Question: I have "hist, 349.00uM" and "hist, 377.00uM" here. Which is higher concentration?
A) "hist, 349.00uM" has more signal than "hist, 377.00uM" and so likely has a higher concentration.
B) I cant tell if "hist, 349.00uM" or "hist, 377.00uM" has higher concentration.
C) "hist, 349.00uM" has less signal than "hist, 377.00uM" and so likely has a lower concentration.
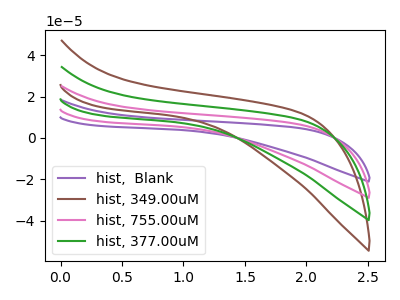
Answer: <think>The purple curve "hist,  Blank" has no peaks. The brown curve "hist, 349.00uM" has no peaks. The pink curve "hist, 755.00uM" has no peaks. The green curve "hist, 377.00uM" has no peaks.
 Neither "hist, 349.00uM" or "hist, 377.00uM" have any peaks.</think>
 <answer>B) I cant tell if "hist, 349.00uM" or "hist, 377.00uM" has higher concentration.</answer>
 <eval>B</eval>